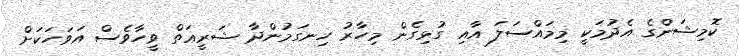
ކޮމިޝަންގެ އެދުމަކީ މިމައްސަލަ އާއި ގުޅިގެން މިހާރު ހިނގަމުންދާ ޝަރީޢަތް ވީހާވެސް އަވަހަކަށް